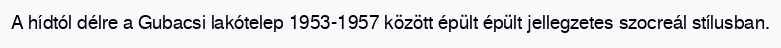
A hídtól délre a Gubacsi lakótelep 1953-1957 között épült épült jellegzetes szocreál stílusban.